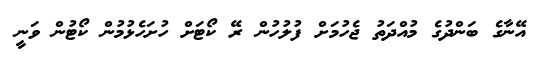
އޭނާގެ ބަންދުގެ މުއްދަތު ޖެހުމަށް ފުލުހުން ރޭ ކޯޓަށް ހުށަހެޅުމުން ކޯޓުން ވަނީ